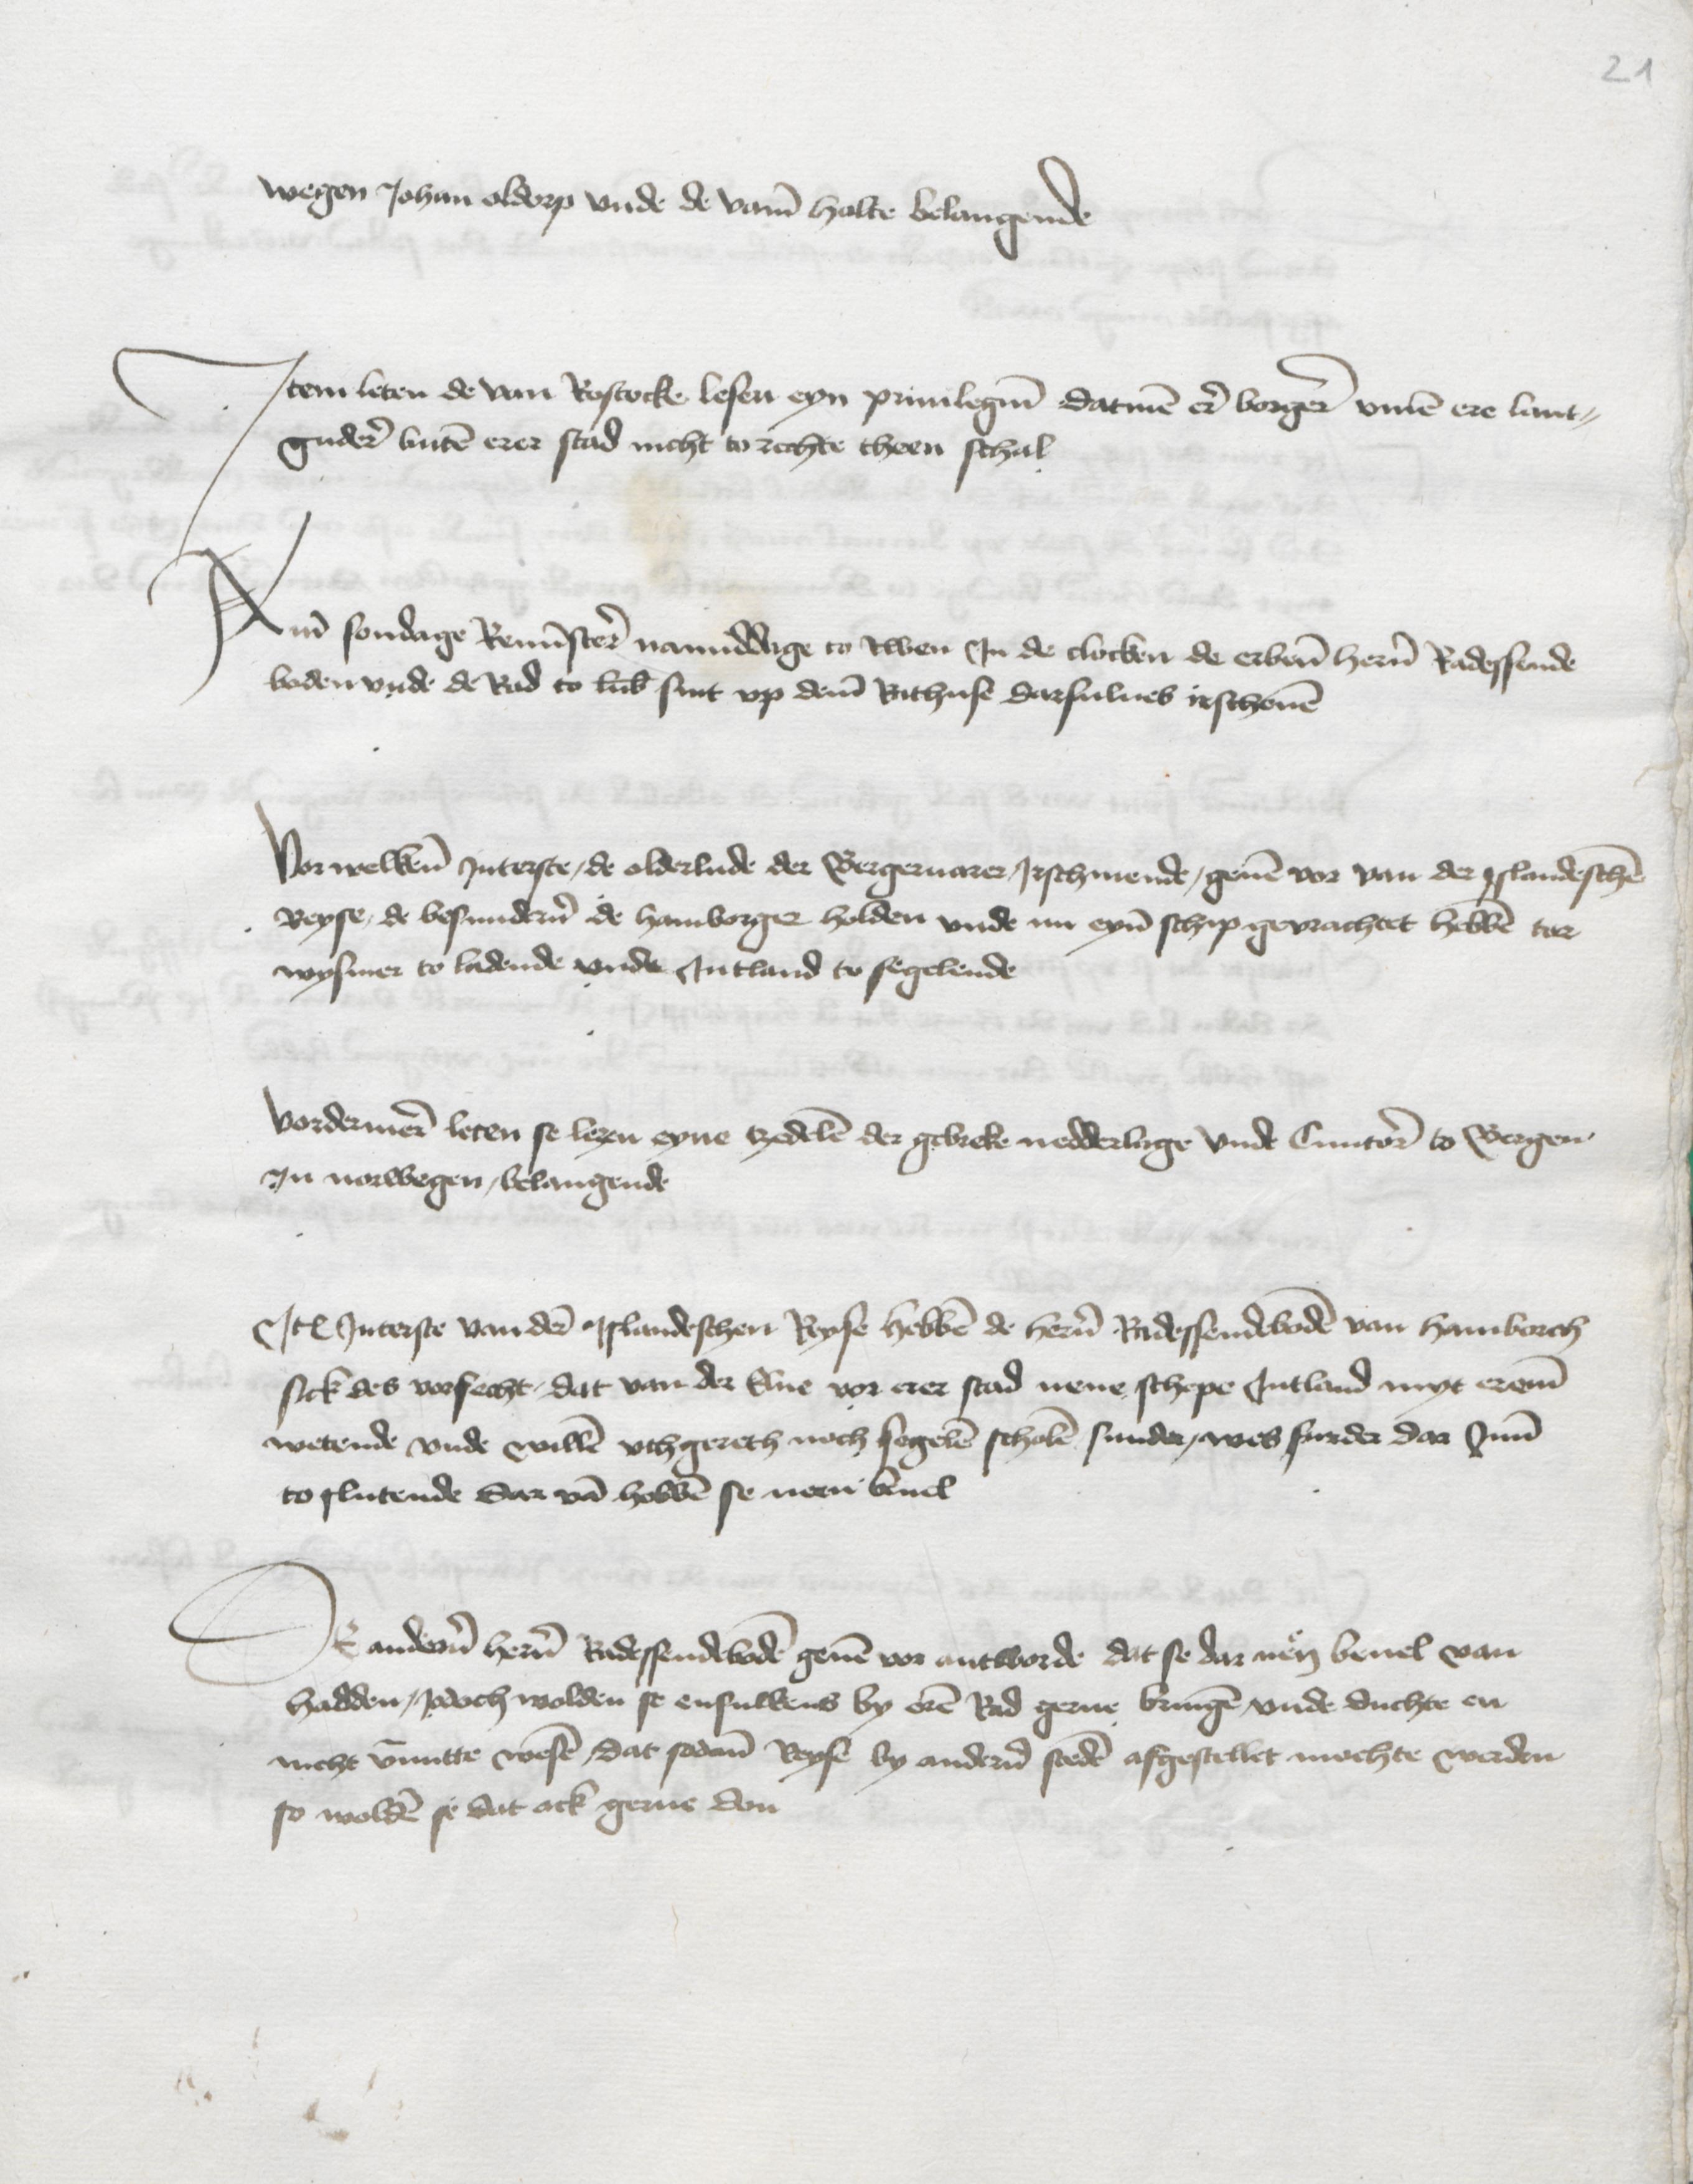
wegen Johan oldorp vnde de vame Holte belangende

Jtem leten de van Rostocke lesen eyn priuilegium datmen eren borgeren vmme ere lant¬
gudere buten erer stad nicht to rechte theen schal

Ame sondage Reminstere namiddage to twen Jn de clocken de erbenomeden heren Radessende¬
boden vnde de Rad to Lubeke sint vp deme Rathuse darsulues irschenen

Vorwelkene Jnterste, de olderlude der Bergenuarer Jrschinende, geuen vor van der jslandeschen
Reyse, de besunderen de Hamborger holden vnde im eynen schip gevrachtet hebben tor
Wysmer to ladende vnde Jntland to segelende

Vordermeer leten se lezen eyne tzedelen der gebreke nedderlage vnde Cuntore to Bergen
Jn Norwegen, belangende

Jtem Jnterste van derer jslandeschen Reyse hebben de heren Radessendeboden van Hamborch
sick des vorsecht, dat van der Elue vor erer stad nene schepe Jntland myt ereme
wetende vnde willen vthgereth noch segelen scholen sunde, wes furder dar Jnne
to slutende Ster van hebben se neen beuel

Ok anderen heren Radessendeboden geuen vor antworde dat se dar nen beuel van
hadden, Jodoch wolden se ensulkens by eren Rad gerne bringen vnde duchte en
nicht vernutte wesen, dat sodane Reyse by anderen steden afgestellet mochte werden
so wolden se dat ock gerne don